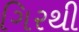
ગિરથી